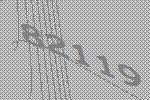
82119